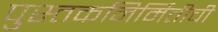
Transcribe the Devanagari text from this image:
पुस्तकनिर्मितीची